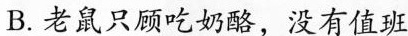
B.老鼠只顾吃奶酪，没有值班